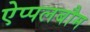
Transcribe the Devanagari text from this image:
ऐप्पलबौम